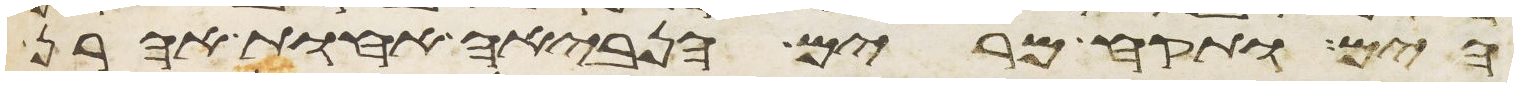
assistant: הים ותקח מרים הנביאה אחות אהרן